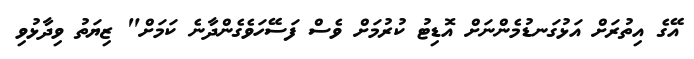
އޭގެ އިތުރަށް އަޅުގަނޑުމެންނަށް އޮޑިޓު ކުރުމަށް ވެސް ފަސޭހަވެގެންދާނެ ކަމަށް" ޒިޔަތު ވިދާޅުވި